French and German assistants in Scottish schools and training centres, 1939
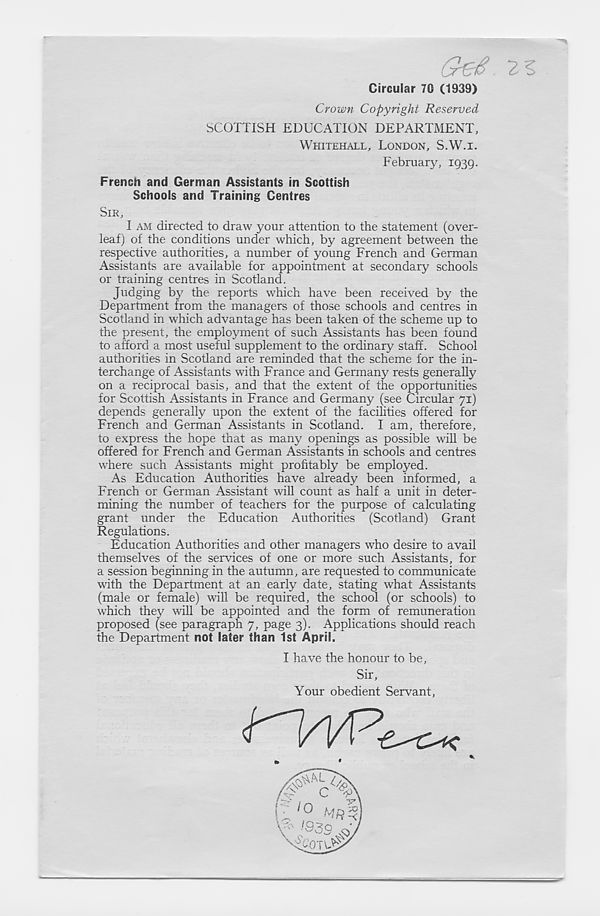
Circular 7G (1939)
Crown Copyright Reserved
SCOTTISH EDUCATION DEPARTMENT,
WHITEHALL, LONDON, S.W.I.
February, 1939.
French and German Assistants in Scottish
Schools and Training Centres
SIR,
I AM directed to draw your attention to the statement (over-
leaf) of the conditions under which, by agreement between the
respective authorities, a number of young French and German
Assistants are available for appointment at secondary schools
or training centres in Scotland.
Judging by the reports which have been received by the
Department from the managers of those schools and centres in
Scotland in which advantage has been taken of the scheme up to
the present, the employment of such Assistants has been found
to afford a most useful supplement to the ordinary staff. School
authorities in Scotland are reminded that the scheme for the in-
terchange of Assistants with France and Germany rests generally
on a reciprocal basis, and that the extent of the opportunities
for Scottish Assistants in France and Germany (see Circular 71)
depends generally upon the extent of the facilities offered for
French and German Assistants in Scotland. I am, therefore,
to express the hope that as many openings as possible will be
offered for French and German Assistants in schools and centres
where such Assistants might profitably be employed.
As Education Authorities have already been informed, a
French or German Assistant will count as half a unit in deter-
mining the number of teachers for the purpose of calculating
grant under the Education Authorities (Scotland) Grant
Regulations.
Education Authorities and other managers who desire to avail
themselves of the services of one or more such Assistants, for
a session beginning in the autumn, are requested to communicate
with the Department at an early date, stating what Assistants
(male or female) will be required, the school (or schools) to
which they will be appointed and the form of remuneration
proposed (see paragraph 7, page 3). Applications should reach
the Department not later than 1st April.
I have the honour to be,
Sir,
Your obedient Servant,
*